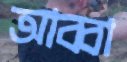
আব্বা